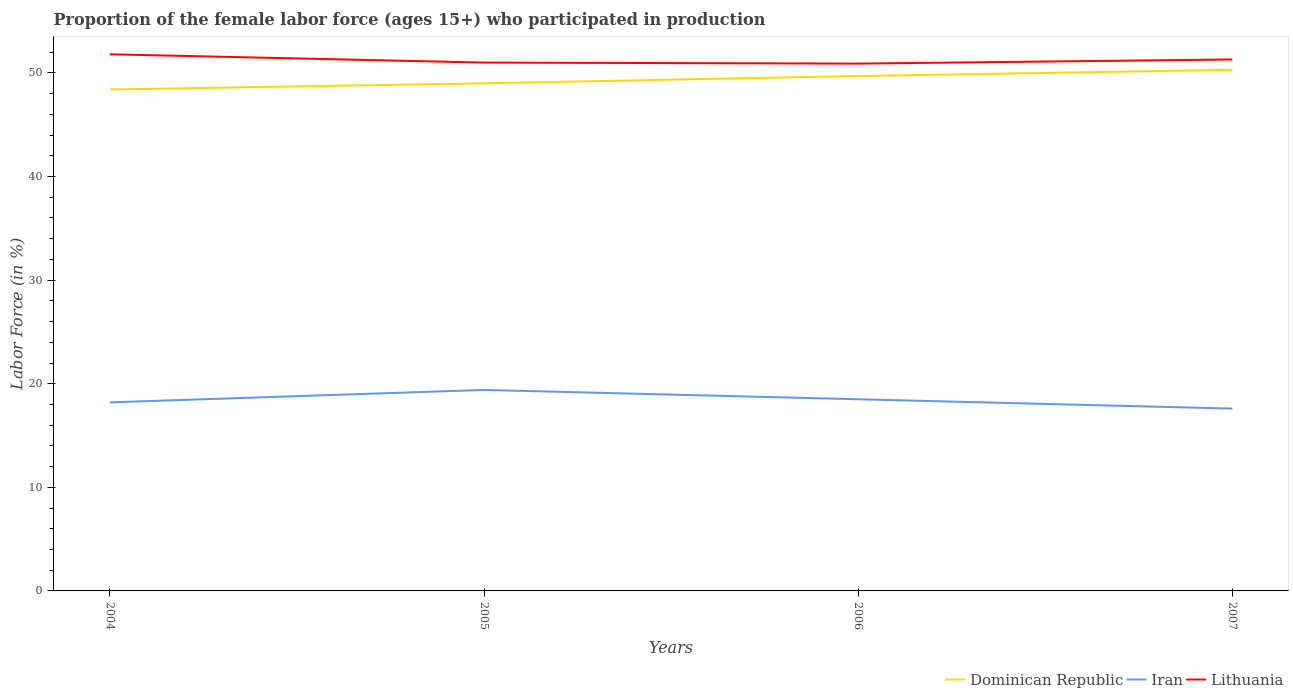
| Years | Dominican Republic | Iran | Lithuania |
 | --- | --- | --- | --- |
 | 2004 | 48.4 | 18.2 | 51.8 |
 | 2005 | 49 | 19.4 | 51 |
 | 2006 | 49.7 | 18.5 | 50.9 |
 | 2007 | 50.3 | 17.6 | 51.3 |